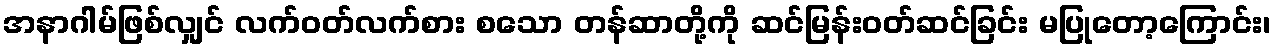
အနာဂါမ်ဖြစ်လျှင် လက်ဝတ်လက်စား စသော တန်ဆာတို့ကို ဆင်မြန်းဝတ်ဆင်ခြင်း မပြုတော့ကြောင်း၊